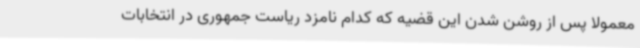
معمولا پس از روشن شدن این قضیه که کدام نامزد ریاست جمهوری در انتخابات